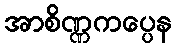
အာစိဏ္ဏကပ္ပေန